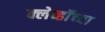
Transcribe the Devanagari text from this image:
क्लेर्व्हॉच्या